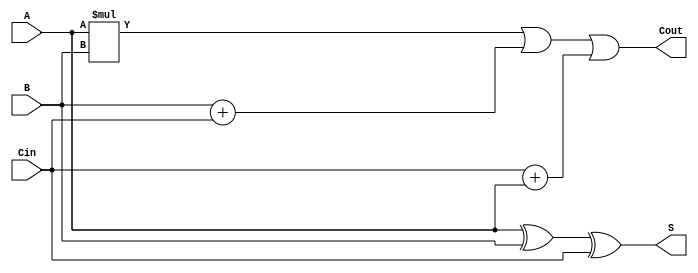
`timescale 1ns / 1ps
//////////////////////////////////////////////////////////////////////////////////
// Company: 
// Engineer: 
// 
// Design Name: 
// Module Name: FA
// Project Name: 
// Target Devices: 
// Tool Versions: 
// Description: 
// 
// Dependencies: 
// 
// Revision:
// Revision 0.01 - File Created
// Additional Comments:
// 
//////////////////////////////////////////////////////////////////////////////////


module FA(
    input A,B,Cin,
    output S,Cout
    );
    assign S = A^B^Cin ;
    assign Cout = (A*B)|(B+Cin)|(Cin+A);
endmodule